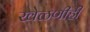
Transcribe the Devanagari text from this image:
खेळणीही